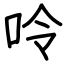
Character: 呤